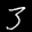
Label: 3